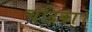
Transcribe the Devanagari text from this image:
चंद्रिका।